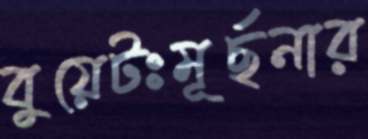
বুয়েটঃমূর্ছনার